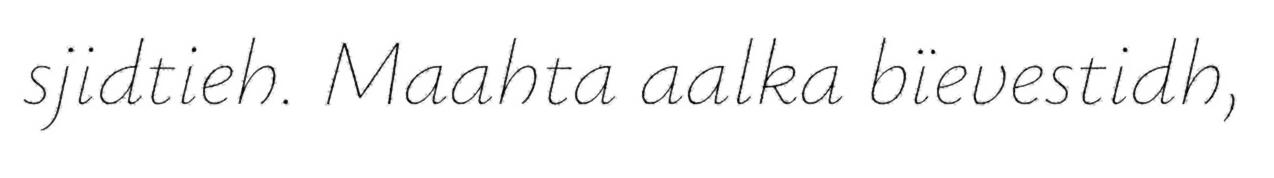
sjidtieh. Maahta aalka bïevestidh,